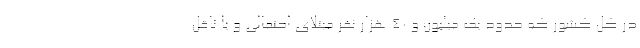
در کل کشور که حدود یک میلیون و ۴۰ هزار نفر مبتلای احتمالی و یا ناقل